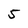
Character: 5